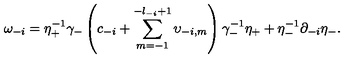
\omega _ { - i } = \eta _ { + } ^ { - 1 } \gamma _ { - } \left( c _ { - i } + \sum _ { m = - 1 } ^ { - l _ { - i } + 1 } \upsilon _ { - i , m } \right) \gamma _ { - } ^ { - 1 } \eta _ { + } + \eta _ { - } ^ { - 1 } \partial _ { - i } \eta _ { - } .